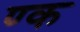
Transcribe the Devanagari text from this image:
ण्क